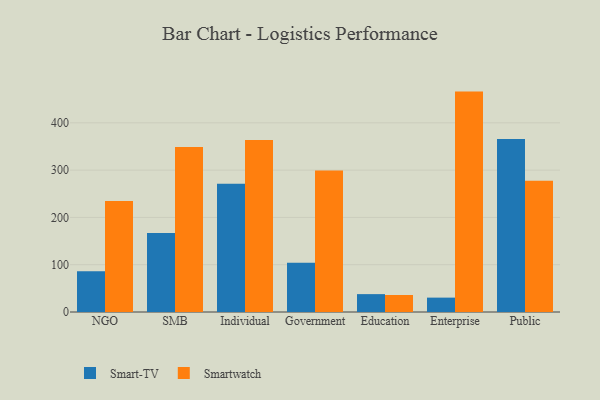
{"axis": {"x": "Segment", "y": "Headcount"}, "legend": ["Smart-TV", "Smartwatch"], "data": [{"x": "NGO", "y": 86.2, "type": "Smart-TV"}, {"x": "NGO", "y": 234.8, "type": "Smartwatch"}, {"x": "SMB", "y": 167.0, "type": "Smart-TV"}, {"x": "SMB", "y": 349.1, "type": "Smartwatch"}, {"x": "Individual", "y": 271.3, "type": "Smart-TV"}, {"x": "Individual", "y": 363.9, "type": "Smartwatch"}, {"x": "Government", "y": 104.2, "type": "Smart-TV"}, {"x": "Government", "y": 299.4, "type": "Smartwatch"}, {"x": "Education", "y": 37.8, "type": "Smart-TV"}, {"x": "Education", "y": 36.0, "type": "Smartwatch"}, {"x": "Enterprise", "y": 30.4, "type": "Smart-TV"}, {"x": "Enterprise", "y": 466.0, "type": "Smartwatch"}, {"x": "Public", "y": 365.7, "type": "Smart-TV"}, {"x": "Public", "y": 277.6, "type": "Smartwatch"}]}